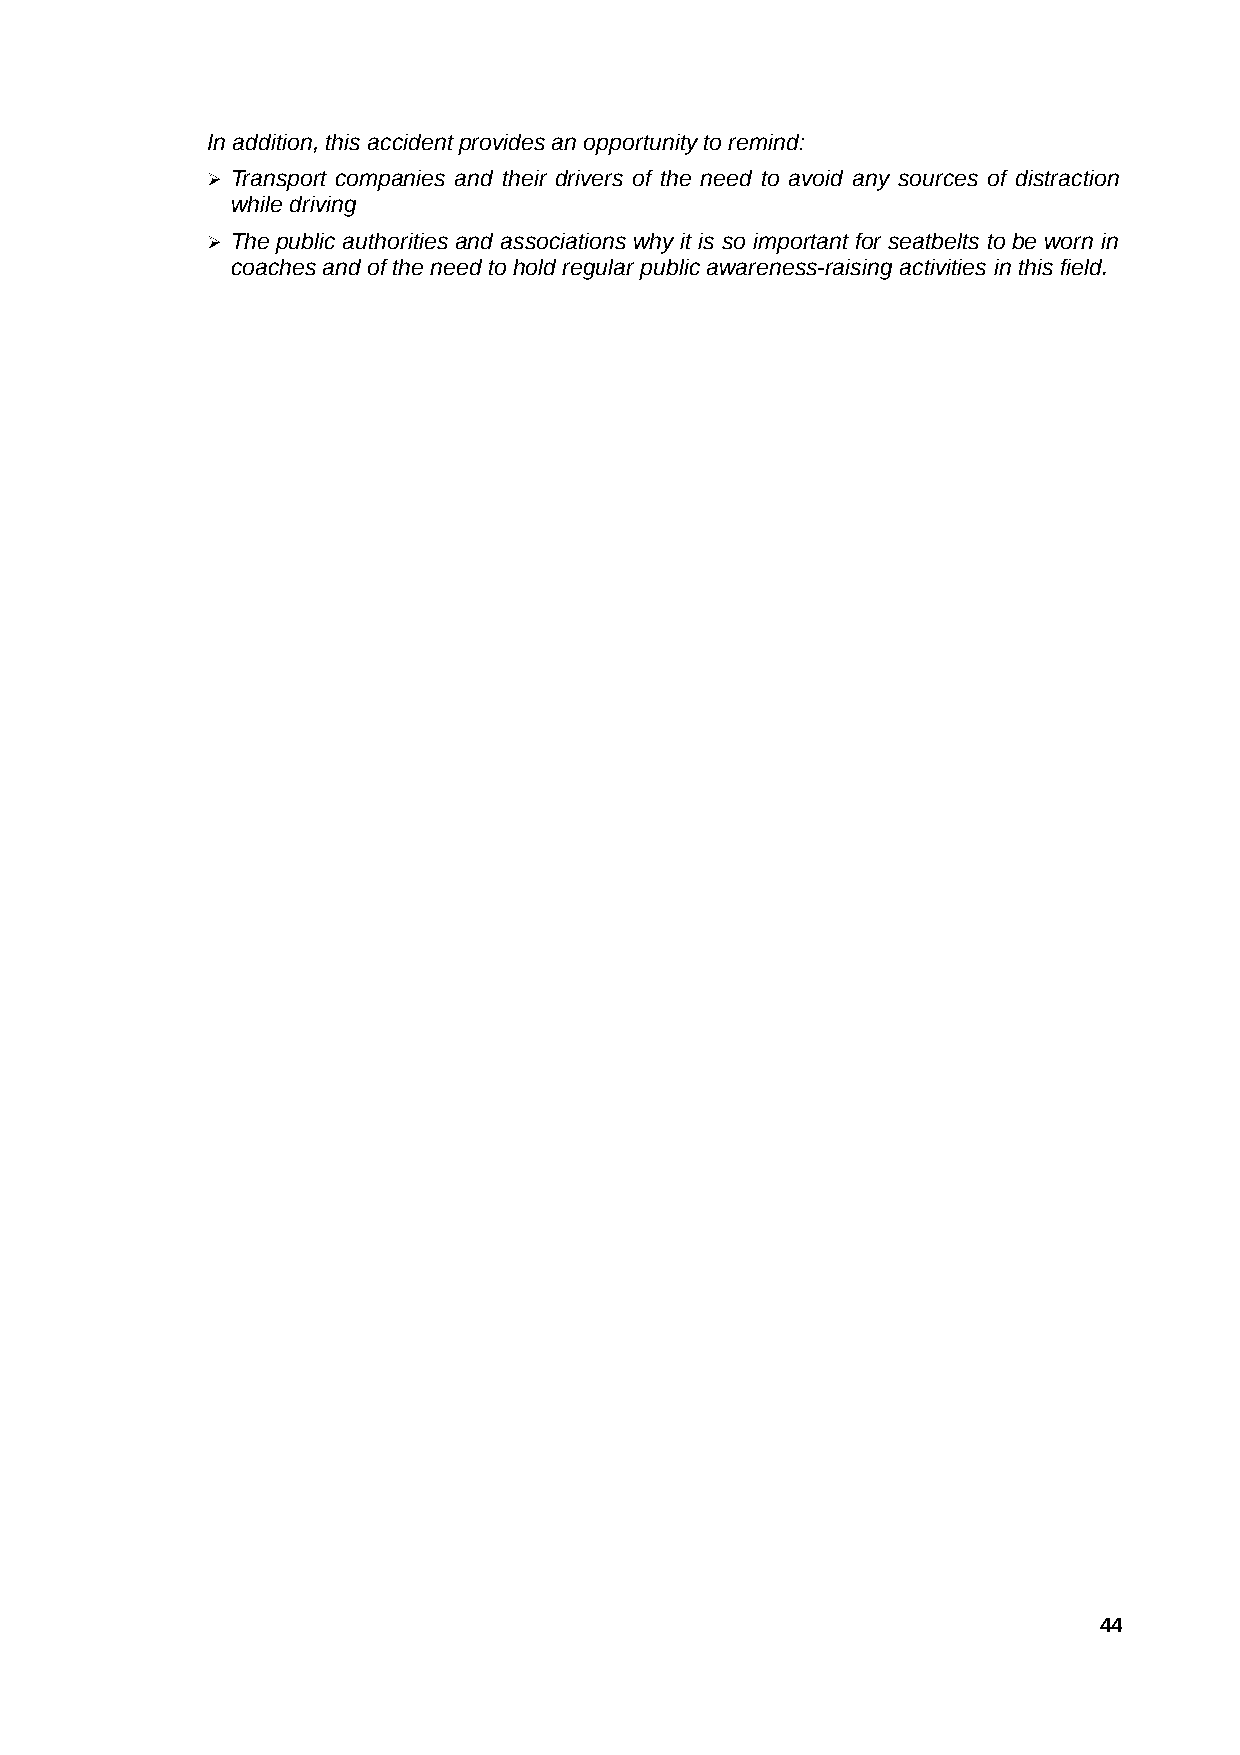
In addition, this accident provides an opportunity to remind:
 ➢ Transport companies and their drivers of the need to avoid any sources of distraction
 while driving
 ➢ The public authorities and associations why it is so important for seatbelts to be worn in
 coaches and of the need to hold regular public awareness-raising activities in this field.
 44